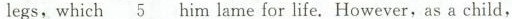
legs, which \underline{5} him lame for life.However,as a child